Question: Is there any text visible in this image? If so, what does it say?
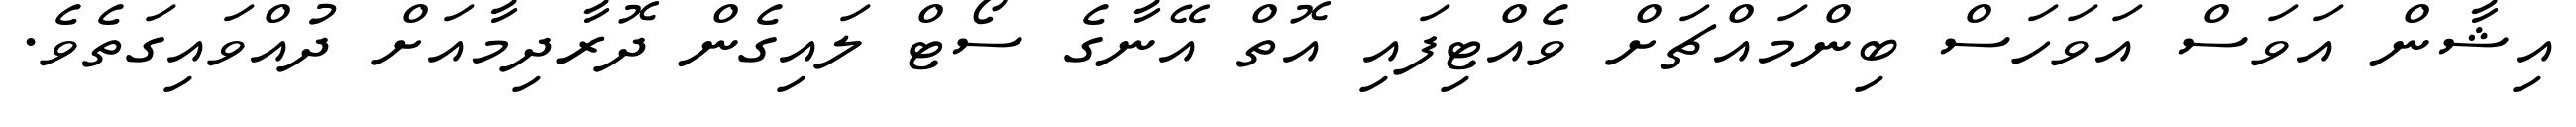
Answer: އިޝާން އަވަސް އަވަހަސް ބިންމައްޗަށް ވެއްޓިފައި އޮތް އޭނާގެ ސޯޓް ލައިގެން ދޮރާދިމާއަށް ދުއްވައިގަތެވެ.